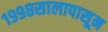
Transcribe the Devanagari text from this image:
१९९८सालापासून